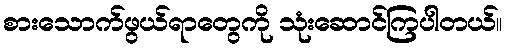
စားသောက်ဖွယ်ရာတွေကို သုံးဆောင်ကြပါတယ်။